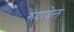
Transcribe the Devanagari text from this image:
रुंदावेल